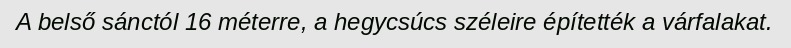
A belső sánctól 16 méterre, a hegycsúcs széleire építették a várfalakat.